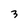
Character: 3